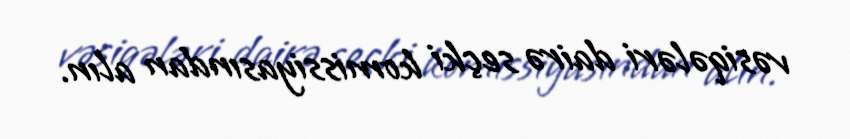
vəsiqələri dairə seçki komissiyasından alın.